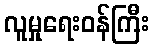
လူမှုရေးဝန်ကြီး